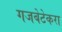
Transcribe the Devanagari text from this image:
गजबेटेकरा